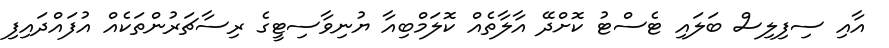
އާއި ސިފިލިސް ބަލައި ޓެސްޓު ކޮށްދޭ އާލާތެއް ކޮލަމްބިއާ ޔުނިވާސިޓީގެ ރިސާޗަރުންތަކެއް އުފައްދައިފި